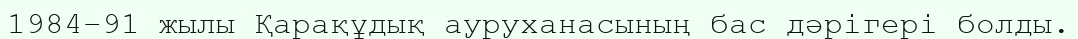
1984–91 жылы Қарақұдық ауруханасының бас дәрігері болды.